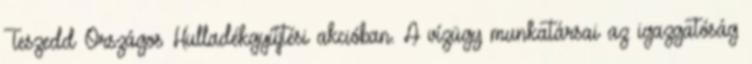
Teszedd Országos Hulladékgyűjtési akcióban. A vízügy munkatársai az igazgatóság